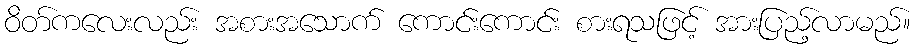
ဝိတ်ကလေးလည်း အစားအသောက် ကောင်းကောင်း စားရသဖြင့် အားပြည့်လာမည်။